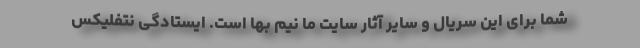
شما برای این سریال و سایر آثار سایت ما نیم بها است. ایستادگی نتفلیکس